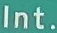
Int.